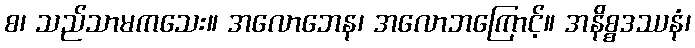
စ၊ သည်သာမကသေး။ အလောဘေန၊ အလောဘကြောင့်။ အနိစ္စဒဿနံ၊